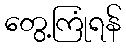
တွေ့ကြုံရန်